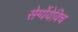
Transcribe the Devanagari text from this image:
सेर्ग्येयेविच